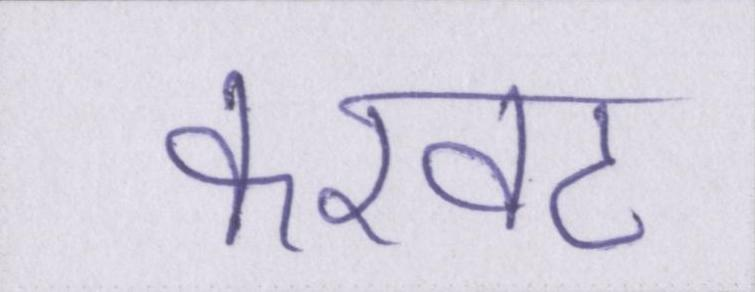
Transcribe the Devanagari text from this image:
करवट